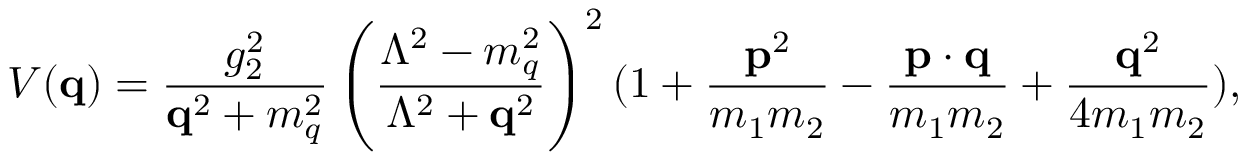
V ( { \bf q } ) = \frac { g _ { 2 } ^ { 2 } } { { \bf q } ^ { 2 } + m _ { q } ^ { 2 } } \left( \frac { \Lambda ^ { 2 } - m _ { q } ^ { 2 } } { \Lambda ^ { 2 } + { \bf q } ^ { 2 } } \right) ^ { 2 } ( 1 + \frac { { \bf p } ^ { 2 } } { m _ { 1 } m _ { 2 } } - { \frac { { \bf p } \cdot { \bf q } } { m _ { 1 } m _ { 2 } } } + \frac { { \bf q } ^ { 2 } } { 4 m _ { 1 } m _ { 2 } } ) ,